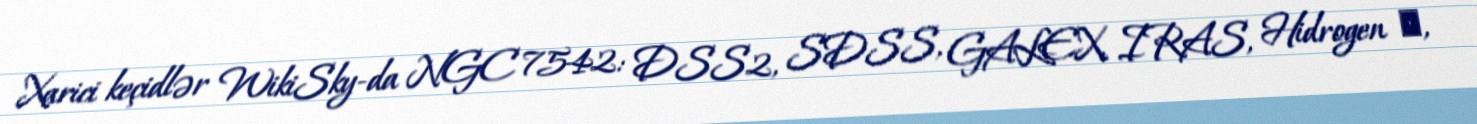
Xarici keçidlər WikiSky-da NGC 7542: DSS2, SDSS, GALEX, IRAS, Hidrogen α,